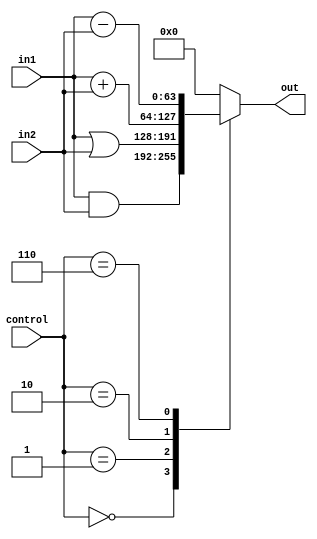
module alu(in1, in2, control,out);
	input [63:0] in1, in2;
	input [3:0] control;
	output reg [63:0] out;
	always @(control)
		case (control)
			4'b0000: out <= in1 & in2;
			4'b0001: out <= in1 | in2;
			4'b0010: out <= in1 + in2;
			4'b0110: out <= in1 - in2;
			default: out <= 64'h00000000;
		endcase
endmodule